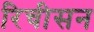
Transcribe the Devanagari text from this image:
रिचीसन